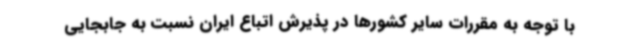
با توجه به مقررات سایر کشورها در پذیرش اتباع ایران نسبت به جابجایی